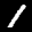
Label: 1